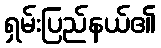
ရှမ်းပြည်နယ်၏